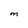
Character: M